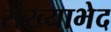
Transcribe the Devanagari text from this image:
संख्याभेद